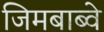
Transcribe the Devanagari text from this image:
जिमबाब्वे